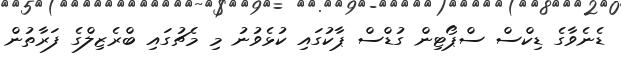
ޑެނެވާގެ ޑިކްސް ސްޕޯޓިން ގުޑްސް ޕާކުގައި ކުޅެވުނު މި މެޗުގައި ބްރެޒިލްގެ ފަރާތުން